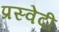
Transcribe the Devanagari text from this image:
प्रस्वेदी